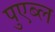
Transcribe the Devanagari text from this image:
पुएब्ल